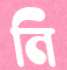
নি